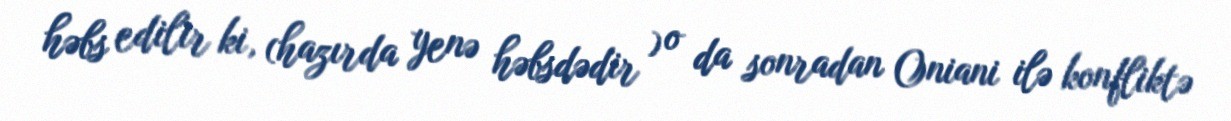
həbs edilir ki, (hazırda yenə həbsdədir ) o da sonradan Oniani ilə konfliktə